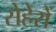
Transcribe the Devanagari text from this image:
सेहेरों